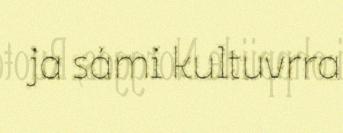
ja sámi kultuvrra